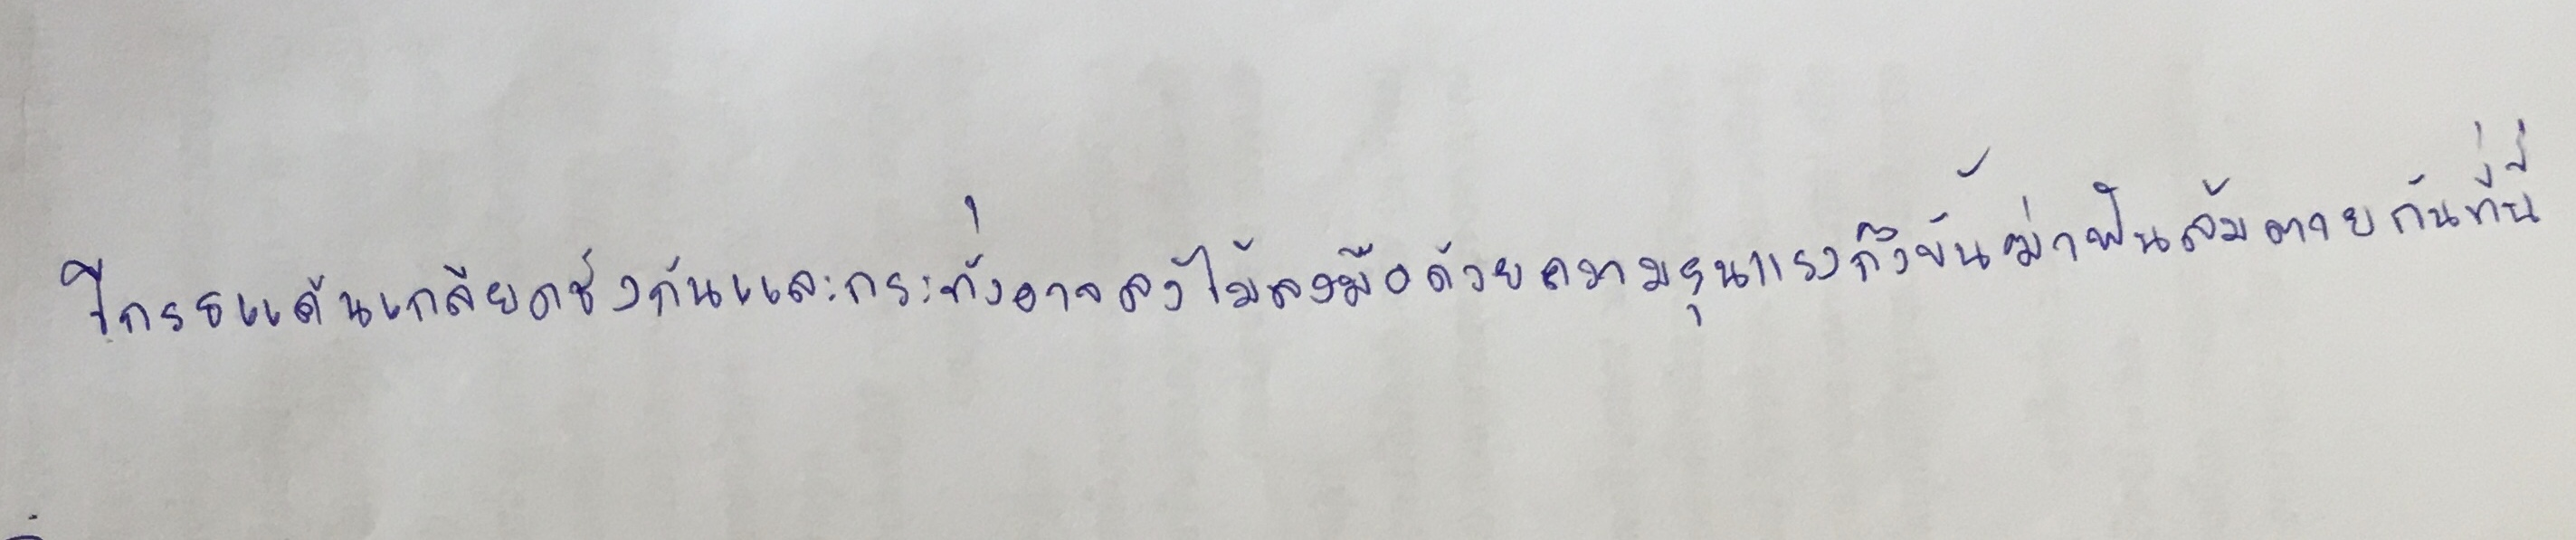
โกรธแค้นเกลียดชังกันและกระทั่งอาจลงไม้ลงมือด้วยความรุนแรงถึงขั้นฆ่าฟันล้มตายกันที่นี่